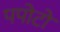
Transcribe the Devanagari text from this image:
पपोटो